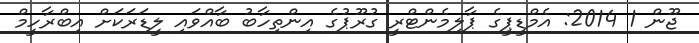
ޖޫން 1 2014: އެމްޑީޕީގެ ޕާލިމެންޓްރީ ގުރޫޕުގެ އިންތިހާބު ބާއްވައި ލީޑަރަކަށް އިބްރާހީމް